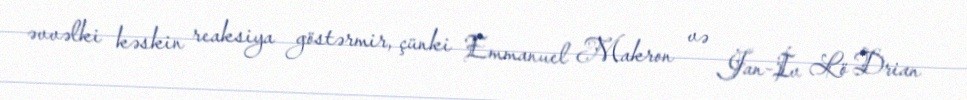
əvvəlki kəskin reaksiya göstərmir, çünki Emmanuel Makron və Jan-İv Lö Drian